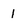
Character: 1